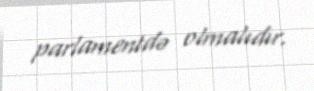
parlamentdə olmalıdır.